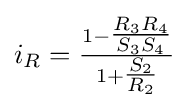
i_{R}={\tfrac {1-{\tfrac {R_{3}R_{4}}{S_{3}S_{4}}}}{1+{\tfrac {S_{2}}{R_{2}}}}}